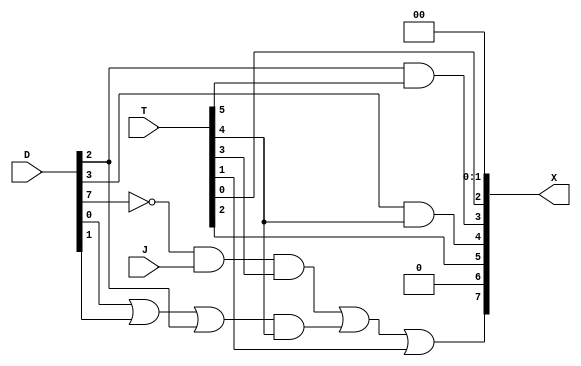
module BUS_DESIGN(X, D, T, J);

	input  J;
	input [7:0] D;
	input [5:0] T;

	output [7:0] X;

	wire D7n = ~D[7];
	wire A1,A2,L6,L7;
	
	
	assign A1= D[2]& T[5];
	assign A2= D[3] & T[4];
	assign L6=  D7n & J & T[3];
	assign L7= ((D[0] | D[1] | D[2]) & T[4]);
	
	
	assign X[0] = 0; //EMPTY_NONE
	assign X[1] = 0; //EMPTY                                                       //AR as source
	assign X[2] = T[0];                                                            //PC as source
	assign X[3] = A1;                                                              //DR as source
	assign X[4] = A2 ;                                                             //AC as source
	assign X[5] = T[2] ;                                                           //IR as source
    assign X[6] = 0 ;    //EMPTY                                                   //TR as source
    assign X[7] = L6 | L7 | T[1] ;                                                 //M[AR] as source

endmodule